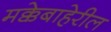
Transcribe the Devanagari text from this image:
मक्केबाहेरील